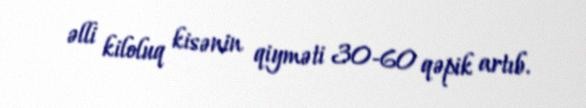
əlli kiloluq kisənin qiyməti 30-60 qəpik artıb.